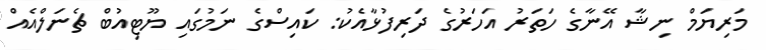
މަރިޔަމް ނިޝާ އޭނާގެ ހަތަރު އަހަރުގެ ދަރިފުޅާއެކު: ކައިސްގެ ނަމުގައި ޔޫޓިއުބް ޗެނަލްއެއް